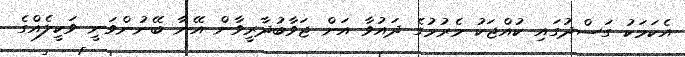
އެކަމަކު ގަސްދުގައި ކުއްޖަކު މެރުމުގެ ދައުވާ އަށް ޖަވާބުދާރީވާން އޭނާ ބޭނުންވަނީ ވަކީލެއްގެ